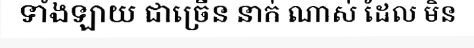
ទាំងឡាយ ជាច្រើន នាក់ ណាស់ ដែល មិន